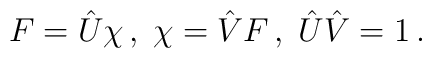
F=\hat{U}\chi \,,\;\chi =\hat{V}F\,,\;\hat{U}\hat{V}=1\,.